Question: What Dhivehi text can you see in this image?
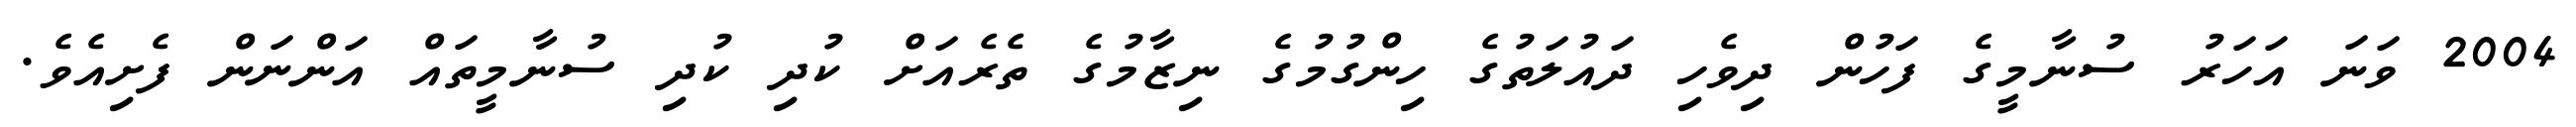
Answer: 2004 ވަނަ އަހަރު ސުނާމީގެ ފަހުން ދިވެހި ދައުލަތުގެ ހިންގުމުގެ ނިޒާމުގެ ތެރެއަށް ކުދި ކުދި ސުނާމީތައް އަންނަން ފެށިއެވެ.